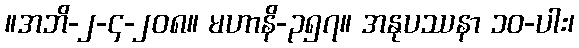
။အဘိ-၂-၄-၂၀၈။ မဟာနိ-၃၅၇။ အနုပဿနာ ၁၀-ပါး၊